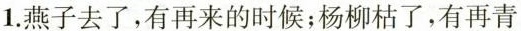
1.燕子去了，有再来的时候；杨柳枯了，有再青